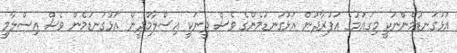
އަޅުގަނޑުމެންނަކީ މިގައުމުގެ އަފުރާދުން އަޅުގަނޑުމެންގެ ވެސް ދީނަކީ އިސްލާމްދީން އަޅުގަނޑުމެން ވެސް އިސްލާމީ